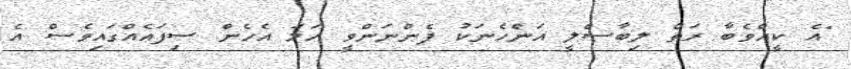
"އެ ކީއްވެބާ ރަތް ލިބާސްލީ އަންހެނަކު ފެންނަންވީ ހަމަ އެހެން ސިފައެއްގައިވެސް އެ